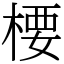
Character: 楆